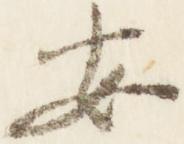
安